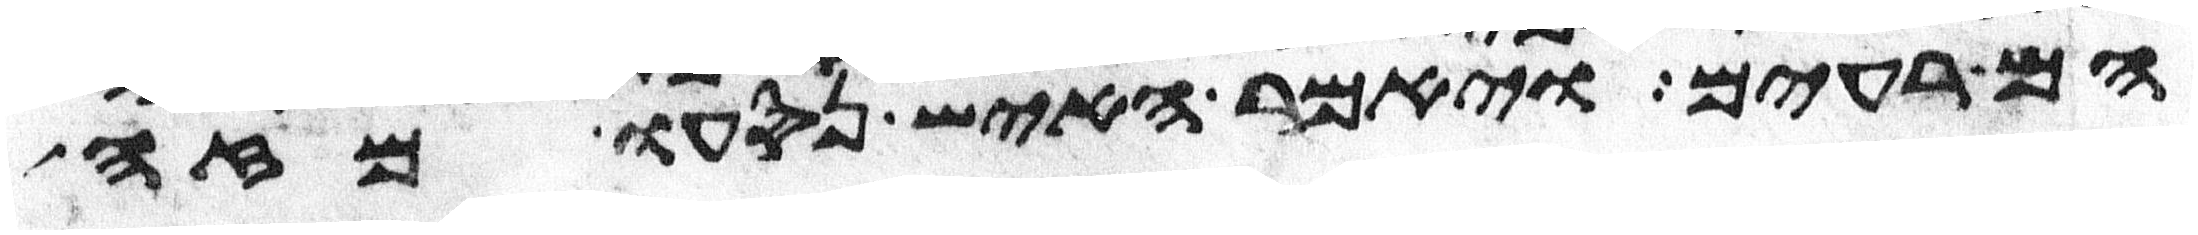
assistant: הם רעים ויאמר האיש נסעו מזה